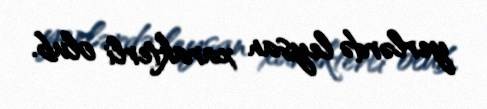
yerlərdə leysan xarakterli olub.